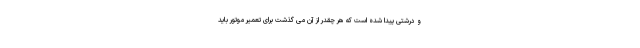
و درشتی پیدا شده است که هر چقدر از آن می گذشت برای تعمیر موتور باید